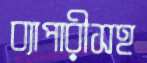
ব্যাপারীসহ